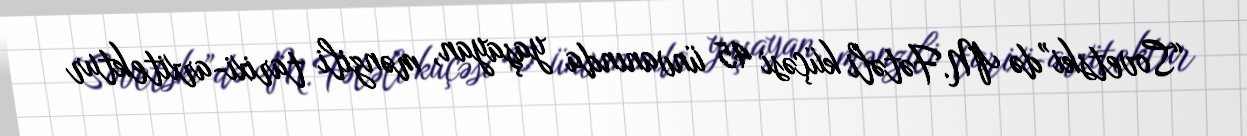
“Sovetski”də M.Fətəli küçəsi 45 ünvanında yaşayan, mənzili tarixi-arxitektur